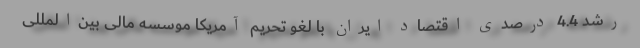
رشد 4.4 درصدی اقتصاد ایران با لغو تحریم آمریکا موسسه مالی بین‌المللی